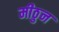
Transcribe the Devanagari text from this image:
मीठुन